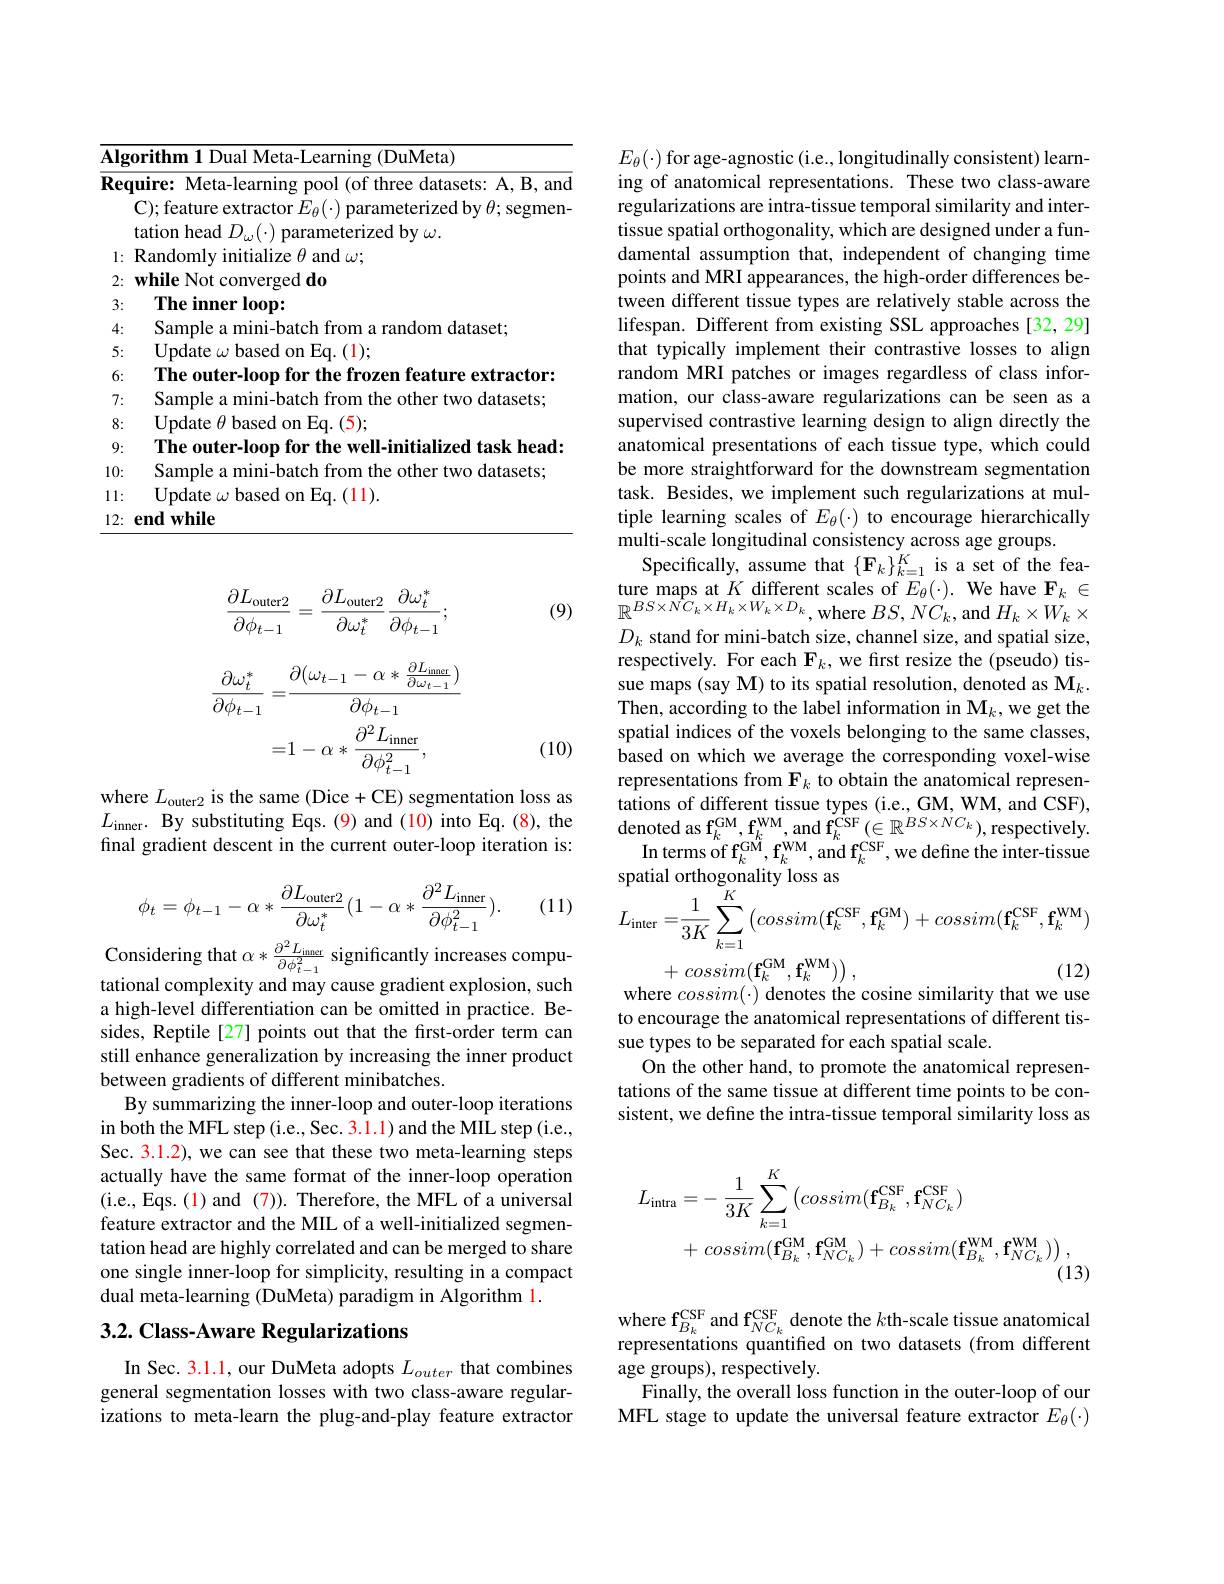
<table>
	<tbody>
		<tr>
			<td>$\overline{\mathbf{Alg}}$</td>
			<td>DuMeta) $\mathbf{ifh}$</td>
		</tr>
		<tr>
			<td>$\overline{\mathbf{Rec}}$</td>
			<td>amc</td>
		</tr>
		<tr>
			<td> </td>
			<td>C); feature extractor $E_\theta(\cdot)$ parameterized by $\theta;$ segmen tation head $D_\omega(\cdot)$ parameterized by $\omega.$</td>
		</tr>
		<tr>
			<td>1</td>
			<td>${/\Pi\Pi Ud}$ ${\mathrm{allze~}\theta\mathrm{~and~}\omega;}$</td>
		</tr>
		<tr>
			<td>2:</td>
			<td>00</td>
		</tr>
		<tr>
			<td>3:</td>
			<td>Lhe ma $\frac{1}{2}|$ $\cdot100\mathbf{p}:$</td>
		</tr>
		<tr>
			<td>4:</td>
			<td>ample 1.5 amini-bats trom H $randomdataset.$</td>
		</tr>
		<tr>
			<td>5:</td>
			<td>||ndate based on Eq. (1);</td>
		</tr>
		<tr>
			<td>6:</td>
			<td>$I^{\prime}\mathbf{h}_{\boldsymbol{e}}$ titer-loon extractor</td>
		</tr>
		<tr>
			<td></td>
			<td>Sam $\tan\alpha$ fwo )datasets: min1-hz $rf$ 1</td>
		</tr>
		<tr>
			<td>8:</td>
			<td>Undate T hasen Eq. ( 5) ; ·f $H$ $1n$ 1</td>
		</tr>
		<tr>
			<td>9:</td>
			<td>lized task head: $11F$ ointer-loon 1</td>
		</tr>
		<tr>
			<td>10:</td>
			<td>Vam datasets</td>
		</tr>
		<tr>
			<td>1: 1 1</td>
			<td>( 1ndate $Fa$ (11). $128P$</td>
		</tr>
		<tr>
			<td>12:</td>
			<td>endwhile</td>
		</tr>
	</tbody>
</table>

(9)
$$\frac{\partial L_{\mathrm{outer}2}}{\partial\phi_{t-1}}=\frac{\partial L_{\mathrm{outer}2}}{\partial\omega_{t}^{*}}\frac{\partial\omega_{t}^{*}}{\partial\phi_{t-1}};$$
$$\begin{aligned}\frac{\partial\omega_{t}^{*}}{\partial\phi_{t-1}}=&\frac{\partial(\omega_{t-1}-\alpha*\frac{\partial L_{\mathrm{inner}}}{\partial\omega_{t-1}})}{\partial\phi_{t-1}}\\=&1-\alpha*\frac{\partial^{2}L_{\mathrm{inner}}}{\partial\phi_{t-1}^{2}},\\\end{aligned}$$
(10)

where $L_{\text{outer}2}$ is the same (Dice + CE) segmentation loss as $L_{\mathrm{inner.~By~substituting~Eqs.~(9)~and~(10)~into~Eq.~(8),~the}}$ final gradient descent in the current outer-loop iteration is:
$$\phi_{t}=\phi_{t-1}-\alpha*\frac{\partial L_{\mathrm{outer}2}}{\partial\omega_{t}^{*}}(1-\alpha*\frac{\partial^{2}L_{\mathrm{inner}}}{\partial\phi_{t-1}^{2}}).$$
(11)

Considering that $\alpha*\frac{\partial^{2}L_{\mathrm{inner}}}{\partial\phi_{t-1}^{2}}$ significantly increases computational complexity and may cause gradient explosion, such a high-level differentiation can be omitted in practice. Besides, Reptile [27] points out that the frst-order term can still enhance generalization by increasing the inner product between gradients of different minibatches.
By summarizing the inner-loop and outer-loop iterations in both the MFL step (i.e., Sec. 3.1.1) and the MIL step (i.e., Sec. 3.1.2), we can see that these two meta-learning steps actually have the same format of the inner-loop operation (i.e., Eqs. (1) and (7)). Therefore, the MFL of a universal feature extractor and the MIL of a well-initialized segmentation head are highly correlated and can be merged to share one single inner-loop for simplicity, resulting in a compact dual meta-learning (DuMeta) paradigm in Algorithm l.

## $3. 2. \textbf{Class- Aware Regularizations}$

In Sec. 3.1.1, our DuMeta adopts $L_outer$ that combines general segmentation losses with two class-aware regularizations to meta-learn the plug-and-play feature extractor

$E_{\theta}(\cdot)$ for age-agnostic (i.e., longitudinally consistent) learning of anatomical representations. These two class-aware regularizations are intra-tissue temporal similarity and intertissue spatial orthogonality, which are designed under a fundamental assumption that, independent of changing time points and MRI appearances, the high-order differences be- tween different tissue types are relatively stable across the lifespan. Different from existing SSL approaches [32,29] that typically implement their contrastive losses to align random MRI patches or images regardless of class information, our class-aware regularizations can be seen as a supervised contrastive learning design to align directly the anatomical presentations of each tissue type, which could be more straightforward for the downstream segmentation task. Besides, we implement such regularizations at multiple learning scales of $E_\theta(\cdot)$ to encourage hierarchically multi-scale longitudinal consistency across age groups.
Specifically, assume that $\{\mathbf{F}_k\}_{k=1}^K$ is a set of the fea- $\begin{array}{l}\text{ture maps at }K\text{ different scales of }E_{\theta}(\cdot).&\text{We have F}_{k}\in\\\mathbb{R}^{BS\times NC_{k}\times H_{k}\times W_{k}\times D_{k}},\text{where }BS,NC_{k},\text{and }H_{k}\times W_{k}\times\end{array}$ $D_k$ stand for mini-batch size, channel size, and spatial size, respectively. For each $\mathbf{F}_k$, we first resize the (pseudo) tissue maps (say M) to its spatial resolution, denoted as M$_k.$ Then, according to the label information in M_k, we get the spatial indices of the voxels belonging to the same classes, based on which we average the corresponding voxel-wise representations from $\mathbf{F}_k$ to obtain the anatomical representations of different tissue types (i.e., GM, WM, and CSF), ${\mathrm{denoted~as~f}_{k}^{\mathrm{GM}},\mathbf{f}_{k}^{\mathrm{WM}},\mathrm{and~f}_{k}^{\mathrm{CSF}}(\in\mathbb{R}^{BS\times NC_{k}}),{\mathrm{respectively.}}}$
In terms of f$_k^{\mathrm{GM}},\mathbf{f}_{k}^{\mathrm{WM}}$,and $\mathbf{f}_{k}^{\mathrm{CSF}}$,we define the inter-tissue
$$\begin{aligned}&\text{spatan orunogonanny ross as}\\&L_{\mathrm{inter}}=\frac{1}{3K}\sum_{k=1}^{K}\left(cossim(\mathbf{f}_{k}^{\mathrm{CSF}},\mathbf{f}_{k}^{\mathrm{GM}})+cossim(\mathbf{f}_{k}^{\mathrm{CSF}},\mathbf{f}_{k}^{\mathrm{WM}})\right.\end{aligned}$$
+ $cossim( \mathbf{f} _{k}^{\mathrm{GM}}, \mathbf{f} _{k}^{\mathrm{WM}}) )$ ,
(12)
where $cossim(\cdot)$ denotes the cosine similarity that we use

to encourage the anatomical representations of different tis-
sue types to be separated for each spatial scale.
On the other hand, to promote the anatomical representations of the same tissue at different time points to be consistent, we define the intra-tissue temporal similarity loss as
$$\begin{aligned}L_{\mathrm{intra}}&=-\:\frac{1}{3K}\sum_{k=1}^{K}\left(cossim(\mathbf{f}_{B_{k}}^{\mathrm{CSF}},\mathbf{f}_{NC_{k}}^{\mathrm{CSF}})\right.\\&+\:cossim(\mathbf{f}_{B_{k}}^{\mathrm{GM}},\mathbf{f}_{NC_{k}}^{\mathrm{GM}})+cossim(\mathbf{f}_{B_{k}}^{\mathrm{WM}},\mathbf{f}_{NC_{k}}^{\mathrm{WM}}))\:,\end{aligned}$$
where f$_B_k$ and f$_NC_k$ denote the $k$th-scale tissue anatomical representations quantified on two datasets (from different age groups), respectively.
Finally, the overall loss function in the outer-loop of our MFL stage to update the universal feature extractor $E_\theta(\cdot)$